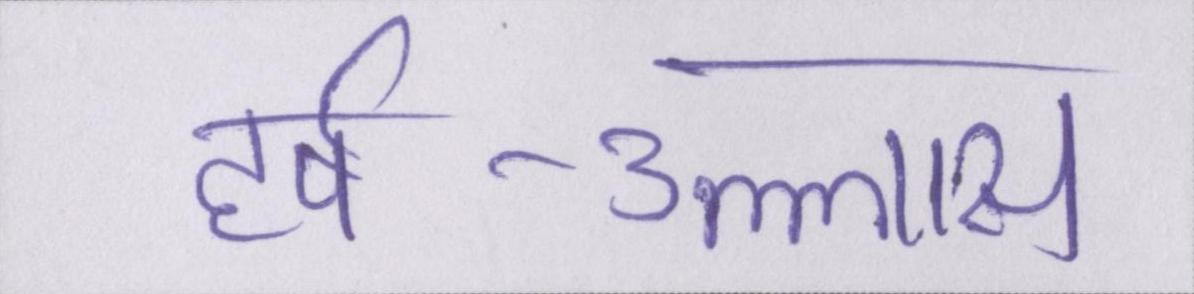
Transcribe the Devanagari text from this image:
हर्ष-उल्लास